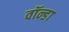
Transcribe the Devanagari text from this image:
वॉन्डा